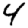
Digit: 4